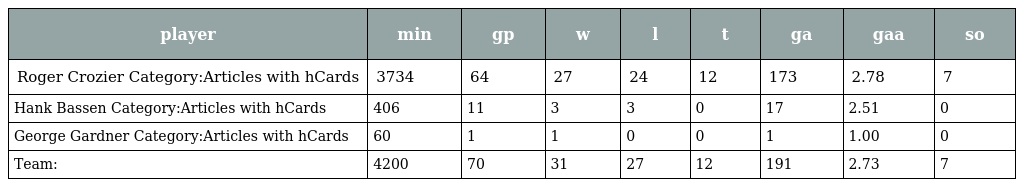
| player | min | gp | w | l | t | ga | gaa | so |
 | --- | --- | --- | --- | --- | --- | --- | --- | --- |
 | Roger Crozier Category:Articles with hCards | 3734 | 64 | 27 | 24 | 12 | 173 | 2.78 | 7 |
 | Hank Bassen Category:Articles with hCards | 406 | 11 | 3 | 3 | 0 | 17 | 2.51 | 0 |
 | George Gardner Category:Articles with hCards | 60 | 1 | 1 | 0 | 0 | 1 | 1.00 | 0 |
 | Team: | 4200 | 70 | 31 | 27 | 12 | 191 | 2.73 | 7 |